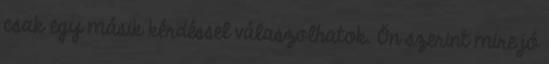
csak egy másik kérdéssel válaszolhatok. Ön szerint mire jó